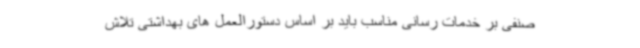
صنفی بر خدمات رسانی مناسب باید بر اساس دستورالعمل های بهداشتی تلاش